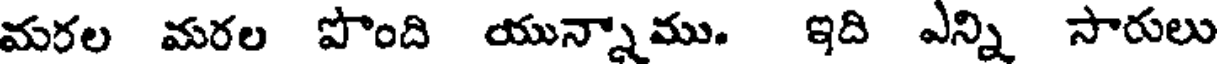
మరల మరల పొంది యున్నాము. ఇది ఎన్ని సారులు